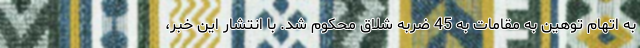
به اتهام توهین به مقامات به 45 ضربه شلاق محکوم شد. با انتشار این خبر،